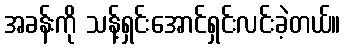
အခန်းကို သန့်ရှင်းအောင်ရှင်းလင်းခဲ့တယ်။